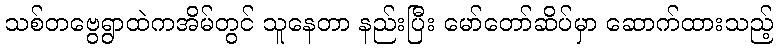
သစ်တဗွေရွာထဲကအိမ်တွင် သူနေတာ နည်းပြီး မော်တော်ဆိပ်မှာ ဆောက်ထားသည့်